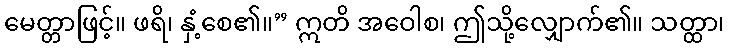
မေတ္တာဖြင့်။ ဖရိ၊ နှံ့စေ၏။” ဣတိ အဝေါစ၊ ဤသို့လျှောက်၏။ သတ္ထာ၊